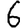
Digit: 6